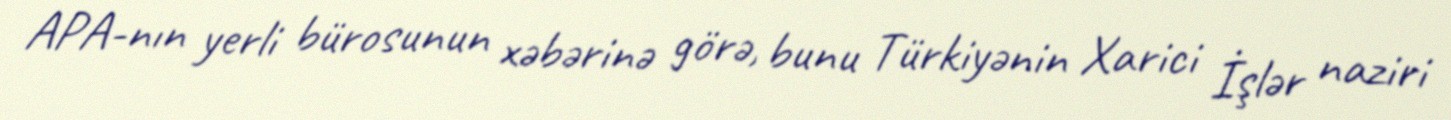
APA-nın yerli bürosunun xəbərinə görə, bunu Türkiyənin Xarici İşlər naziri